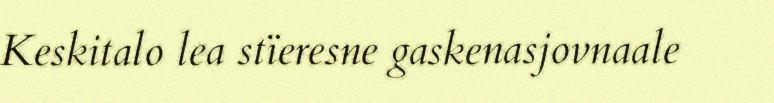
Keskitalo lea stïeresne gaskenasjovnaale